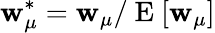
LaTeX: \mathbf{w}_{\mu}^{\ast}=\mathbf{w}_{\mu}/\mathrm{{~E~}}[\mathbf{w}_{\mu}]